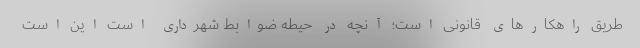
طریق راهکارهای قانونی است؛ آنچه در حیطه ضوابط شهرداری است این است